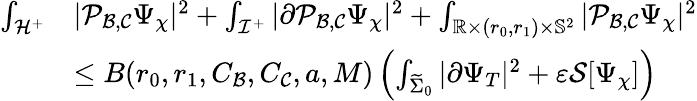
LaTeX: \begin{array}{rl}{\int_{\mathcal{H}^{+}}}&{|\mathcal{P}_{\mathcal{B},\mathcal{C}}\Psi_{\chi}|^{2}+\int_{\mathcal{I}^{+}}|\partial\mathcal{P}_{\mathcal{B},\mathcal{C}}\Psi_{\chi}|^{2}+\int_{\mathbb{R}\times(r_{0},r_{1})\times\mathbb{S}^{2}}|\mathcal{P}_{\mathcal{B},\mathcal{C}}\Psi_{\chi}|^{2}}\\ &{\leq B(r_{0},r_{1},C_{\mathcal{B}},C_{\mathcal{C}},a,M)\left(\int_{\widetilde{\Sigma}_{0}}|\partial\Psi_{T}|^{2}+\varepsilon\mathcal{S}[\Psi_{\chi}]\right)}\end{array}